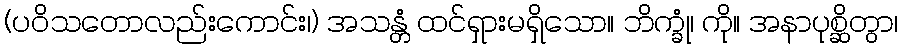
(ပဝိသတောလည်းကောင်း၊) အသန္တံ ထင်ရှားမရှိသော။ ဘိက္ခုံ၊ ကို။ အနာပုစ္ဆိတွာ၊